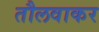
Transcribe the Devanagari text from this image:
तौलवाकर